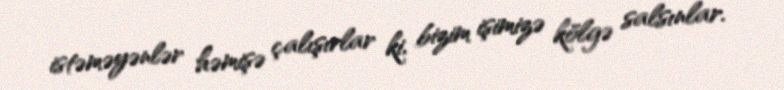
istəməyənlər həmişə çalışırlar ki, bizim işimizə kölgə salsınlar.